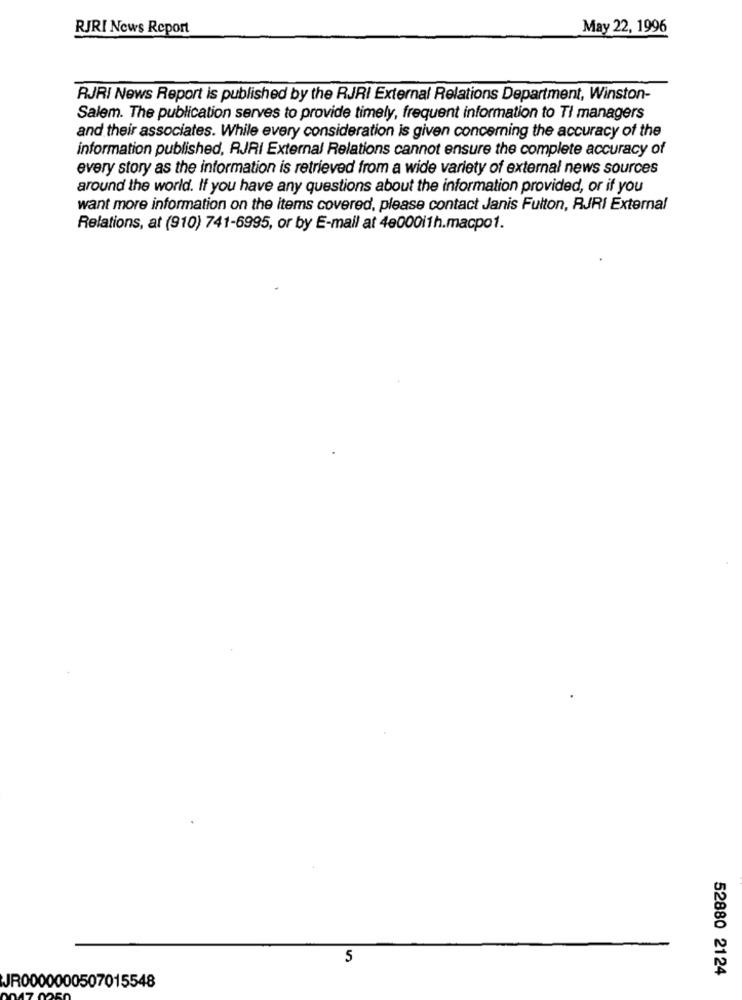
RJRI News Report
May 22, 1996
RJRI News Report is published by the RJRI External Relations Department, Winston-
Salem. The publication serves to provide timely, frequent information to TI managers
and their associates. While every consideration is given concerning the accuracy of the
information published, RJRI External Relations cannot ensure the complete accuracy of
every story as the information is retrieved from a wide variety of external news sources
around the world. If you have any questions about the information provided, or if you
want more information on the items covered, please contact Janis Fulton, RJRI External
Relations, at (910) 741-6995, or by E-mail at 4e000i1h.macpo1.
5
52880 2124
JR0000000507015548